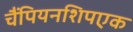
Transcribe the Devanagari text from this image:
चैंपियनशिपएक